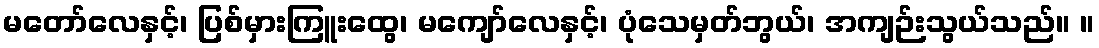
မတော်လေနှင့်၊ ပြစ်မှားကြူးထွေ၊ မကျော်လေနှင့်၊ ပုံသေမှတ်ဘွယ်၊ အကျဉ်းသွယ်သည်။ ။